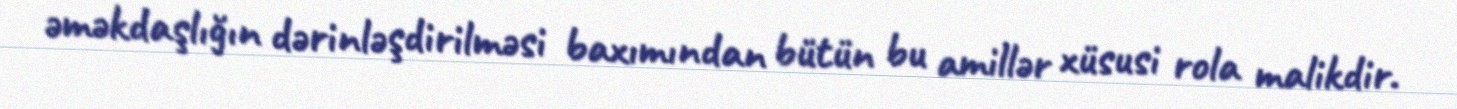
əməkdaşlığın dərinləşdirilməsi baxımından bütün bu amillər xüsusi rola malikdir.